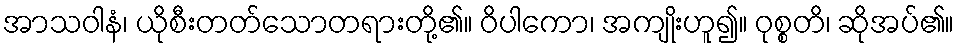
အာသဝါနံ၊ ယိုစီးတတ်သောတရားတို့၏။ ဝိပါကော၊ အကျိုးဟူ၍။ ဝုစ္စတိ၊ ဆိုအပ်၏။